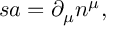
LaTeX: s a = \partial _ { \mu } n ^ { \mu } ,